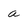
Character: a